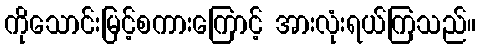
ကိုသောင်းမြင့်စကားကြောင့် အားလုံးရယ်ကြသည်။